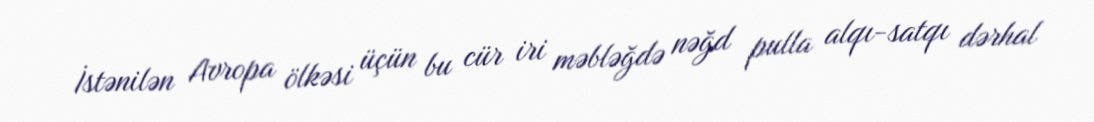
İstənilən Avropa ölkəsi üçün bu cür iri məbləğdə nəğd pulla alqı-satqı dərhal